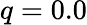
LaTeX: q=0.0